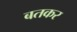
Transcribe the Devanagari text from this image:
बतकर